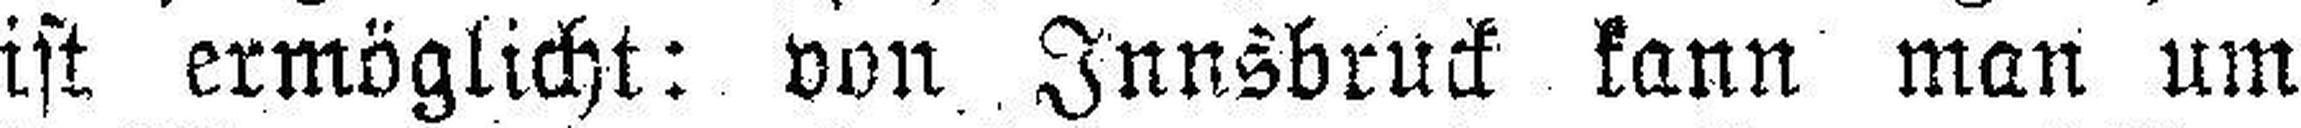
ist ermöglicht: von Innsbruck kann man um